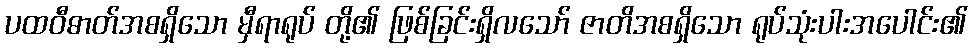
ပထဝီဓာတ်အစရှိသော မှီရာရုပ် တို့၏ ဖြစ်ခြင်းရှိလသော် ဇာတိအစရှိသော ရုပ်သုံးပါးအပေါင်း၏